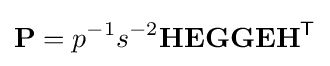
\mathbf {P} =p^{-1}s^{-2}\mathbf {H} \mathbf {E} \mathbf {G} \mathbf {G} \mathbf {E} \mathbf {H} ^{\mathsf {T}}